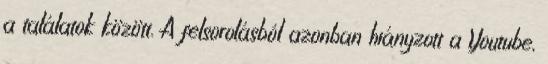
a találatok között. A felsorolásból azonban hiányzott a Youtube,